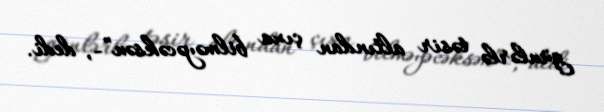
günlərlə təsir altından çıxa bilməyəcəksən”-, dedi.